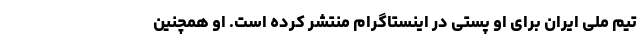
تیم ملی ایران برای او پستی در اینستاگرام منتشر کرده است. او همچنین